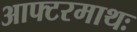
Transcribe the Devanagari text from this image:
आफ्टरमाथः